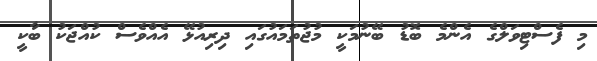
މި ފެސްޓިވަލްގެ އެންމެ ބޮޑު ބޭނުމަކީ މުޖުތަމައުގައި ދިރިއުޅޭ އެއްވެސް ކުއްޖަކު ބާކީ